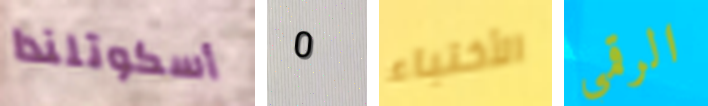
أسكوتلندا 0 الأختباء الرقمي